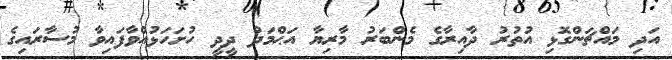
އަދި މައްޗަންގޮޅި އުތުރު ދާއިރާގެ މެންބަރު މާރިޔާ އަޙްމަދު ދީދީ ހުށަހަޅުއްވާފައިވާ މުސާރައިގެ